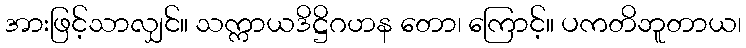
အားဖြင့်သာလျှင်။ သက္ကာယဒိဋ္ဌိဂဟန တော၊ ကြောင့်။ ပကတိဘူတာယ၊